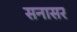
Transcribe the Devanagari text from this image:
सनासर